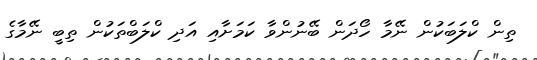
ތިން ކްލަބަކުން ނޭމާ ހޯދަން ބޭނުންވާ ކަމަށާއި އަދި ކްލަބްތަކުން ތިބީ ނޭމާގެ